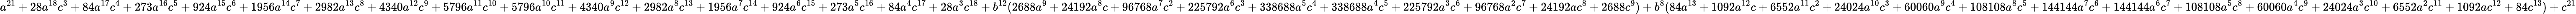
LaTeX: a^{21}+28a^{18}c^{3}+84a^{17}c^{4}+273a^{16}c^{5}+924a^{15}c^{6}+1956a^{14}c^{7}+2982a^{13}c^{8}+4340a^{12}c^{9}+5796a^{11}c^{10}+5796a^{10}c^{11}+4340a^{9}c^{12}+2982a^{8}c^{13}+1956a^{7}c^{14}+924a^{6}c^{15}+273a^{5}c^{16}+84a^{4}c^{17}+28a^{3}c^{18}+b^{12}(2688a^{9}+24192a^{8}c+96768a^{7}c^{2}+225792a^{6}c^{3}+338688a^{5}c^{4}+338688a^{4}c^{5}+225792a^{3}c^{6}+96768a^{2}c^{7}+24192ac^{8}+2688c^{9})+b^{8}(84a^{13}+1092a^{12}c+6552a^{11}c^{2}+24024a^{10}c^{3}+60060a^{9}c^{4}+108108a^{8}c^{5}+144144a^{7}c^{6}+144144a^{6}c^{7}+108108a^{5}c^{8}+60060a^{4}c^{9}+24024a^{3}c^{10}+6552a^{2}c^{11}+1092ac^{12}+84c^{13})+c^{21}